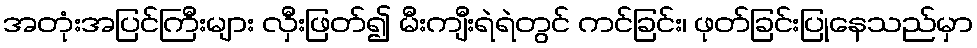
အတုံးအပြင်ကြီးများ လှီးဖြတ်၍ မီးကျီးရဲရဲတွင် ကင်ခြင်း၊ ဖုတ်ခြင်းပြုနေသည်မှာ